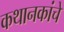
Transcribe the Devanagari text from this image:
कथानकांचे